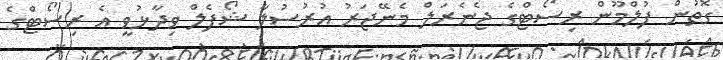
ގޮތުން ފުލްމޫން ރިސޯޓްގެ ޖެނެރަލް މެނޭޖަރު އުރުސުލާ ޝޯފެލް ވިދާޅުވީ އެ ރިސޯޓްގެ